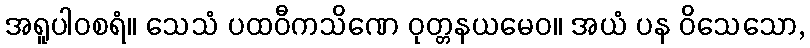
အရူပါဝစရံ။ သေသံ ပထဝီကသိဏေ ဝုတ္တနယမေဝ။ အယံ ပန ဝိသေသော,